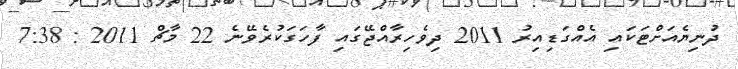
ދުނިޔެއަށްޓަކައި އެއްގަޑިއިރު 2011 ދިވެހިރާއްޖޭގައި ފާހަގަކުރެވޭނެ 22 މާޗް 2011 : 7:38